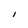
Character: I